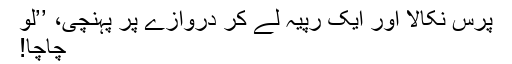
پرس نکالا اور ایک رپیہ لے کر دروازے پر پہنچی، ’’لو
چاچا!